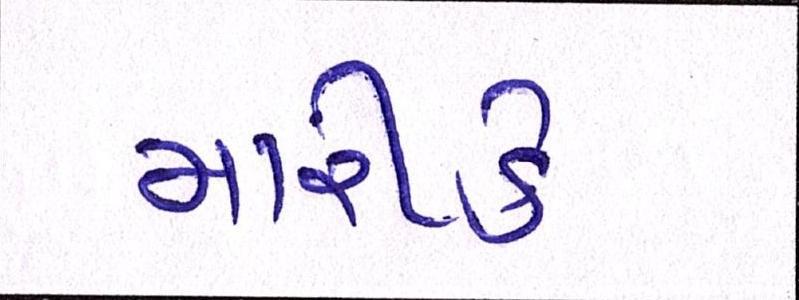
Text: મારીકે